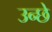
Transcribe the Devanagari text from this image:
उन्छे